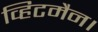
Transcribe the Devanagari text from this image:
व्हिटमैन।